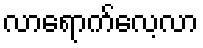
လာရောက်လေ့လာ